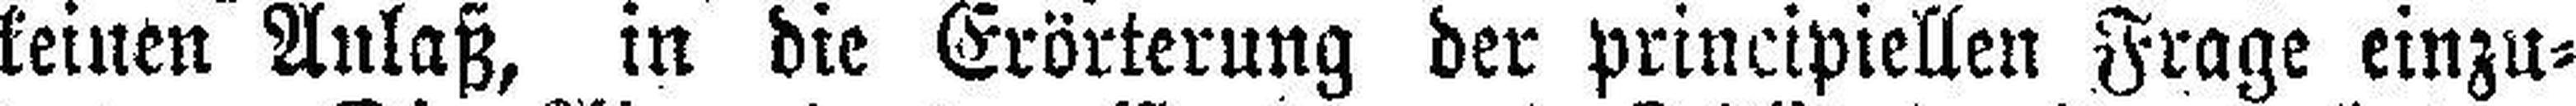
keinen Anlaß, in die Erörterung der principiellen Frage einzu¬